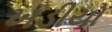
ખડીયો